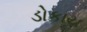
ડોકાય